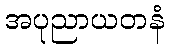
အပုညာယတနံ